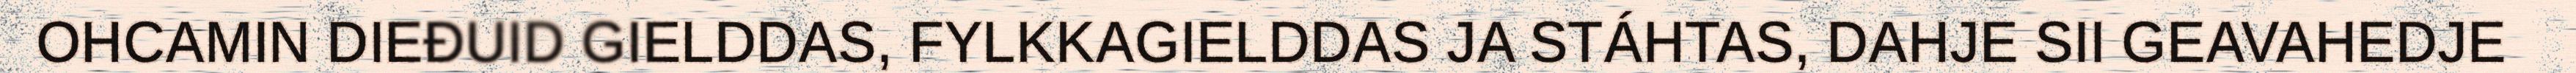
OHCAMIN DIEĐUID GIELDDAS, FYLKKAGIELDDAS JA STÁHTAS, DAHJE SII GEAVAHEDJE